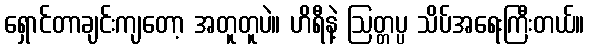
ရှောင်တာချင်းကျတော့ အတူတူပဲ။ ဟိရီနဲ့ ဩတ္တပ္ပ သိပ်အရေးကြီးတယ်။